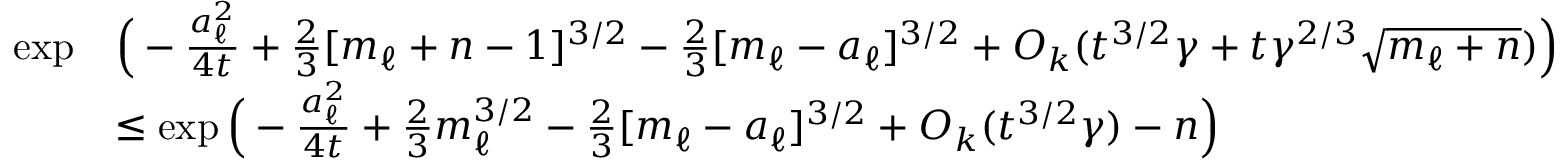
\begin{array} { r l } { \exp } & { \Big ( - \frac { a _ { \ell } ^ { 2 } } { 4 t } + \frac { 2 } { 3 } [ m _ { \ell } + n - 1 ] ^ { 3 / 2 } - \frac { 2 } { 3 } [ m _ { \ell } - a _ { \ell } ] ^ { 3 / 2 } + O _ { k } ( t ^ { 3 / 2 } \gamma + t \gamma ^ { 2 / 3 } \sqrt { m _ { \ell } + n } ) \Big ) } \\ & { \le \exp \Big ( - \frac { a _ { \ell } ^ { 2 } } { 4 t } + \frac { 2 } { 3 } m _ { \ell } ^ { 3 / 2 } - \frac { 2 } { 3 } [ m _ { \ell } - a _ { \ell } ] ^ { 3 / 2 } + O _ { k } ( t ^ { 3 / 2 } \gamma ) - n \Big ) } \end{array}